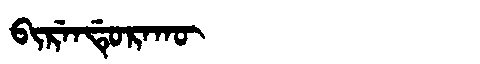
Manchu: ᠪᡳᡵᡝᠨᡩᡠᡵᠠᡴᡡ
Romanization: BIRENDURAKŪ